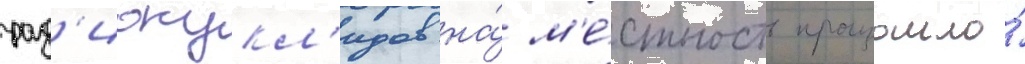
рад'ионукл'идов на́ м'е́стность произошло́